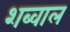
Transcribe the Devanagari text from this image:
शब्वाल